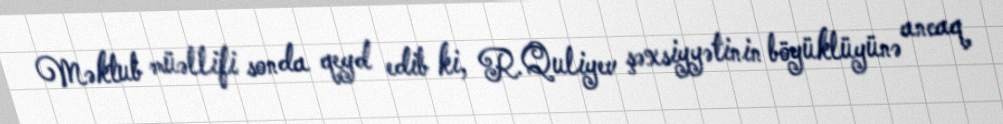
Məktub müəllifi sonda qeyd edib ki, R.Quliyev şəxsiyyətinin böyüklüyünə ancaq